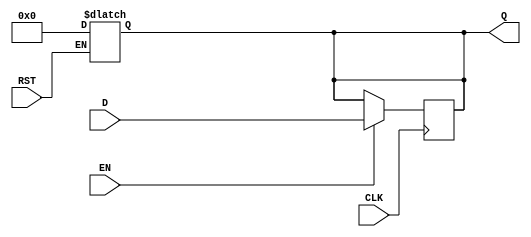
module BarrierRegister #(parameter WIDTH = 8) (
    input  wire [WIDTH-1:0] D,     // Data Input
    input  wire CLK,                // Clock
    input  wire EN,                 // Enable
    input  wire RST,                // Reset
    output reg  [WIDTH-1:0] Q       // Data Output
);

// Asynchronous reset logic
always @(*) begin
    if (RST) begin
        Q = {WIDTH{1'b0}};           // Reset to predefined state (zero)
    end
end

// Sequential logic to capture data based on clock and enable signals
always @(posedge CLK) begin
    if (EN) begin
        Q <= D;                      // Capture data on enable
    end // else Q maintains its previous value
end

endmodule